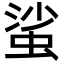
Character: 𧋊